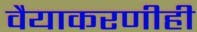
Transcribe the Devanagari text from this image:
वैयाकरणीही